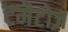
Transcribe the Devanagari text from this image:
टमैटोज़